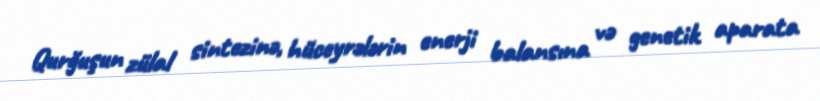
Qurğuşun zülal sintezinə, hüceyrələrin enerji balansına və genetik aparata